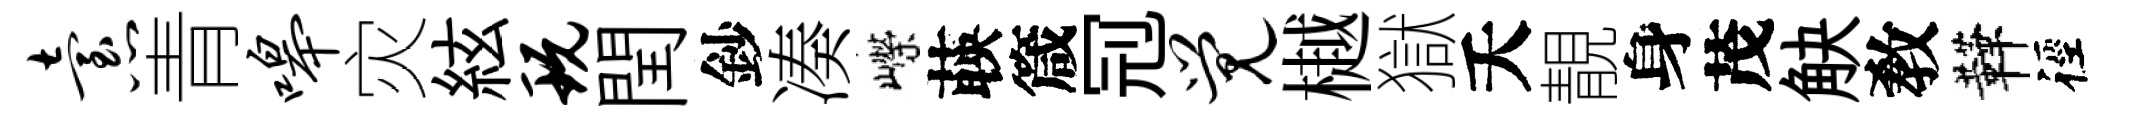
怠青嗥灾絃玩閏鈔凑嶸𦴤箴𠜍觉樾獄夭靚身茂觖敎鞾徑